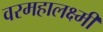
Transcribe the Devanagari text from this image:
वरमहालक्ष्मी